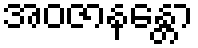
အဝဇာနန္တော